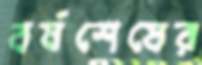
বর্ষশেষের